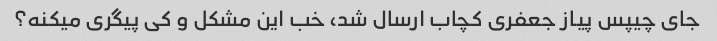
جای چیپس پیاز جعفری کچاب ارسال شد، خب این مشکل و کی پیگری میکنه؟